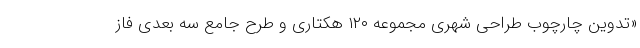
«تدوین چارچوب طراحی شهری مجموعه ۱۲۰ هکتاری و طرح جامع سه بعدی فاز